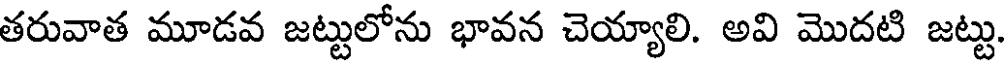
తరువాత మూడవ జట్టులోను భావన చెయ్యాలి. అవి మొదటి జట్టు.